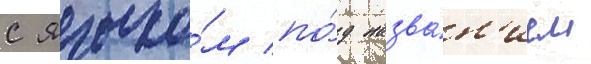
с языко́м по́д назва́н'ием